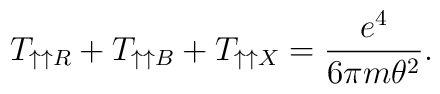
T_{\uparrow \uparrow R}+ T_{\uparrow \uparrow B}+T_{\uparrow \uparrow X} = \frac{e^4}{6 \pi m \theta^2}.